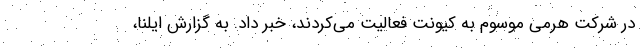
در شرکت هرمی موسوم به کیونت فعالیت می‌کردند، خبر داد. به گزارش ایلنا،